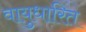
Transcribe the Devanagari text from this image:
वायुधारित